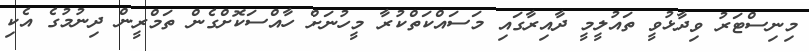
މިނިސްޓަރު ވިދާޅުވީ ތައުލީމީ ދާއިރާގައި މަސައްކަތްކުރާ މީހުނަށް ހާއްސަކޮށްގެން ތަމްރީން ދިނުމުގެ އެކި